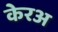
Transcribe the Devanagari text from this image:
केरअ